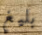
بليغ